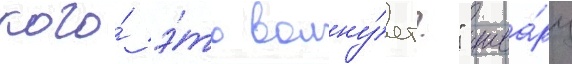
кого́ э́то волну́ет?" шва́рц